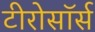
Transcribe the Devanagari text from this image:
टीरोसॉर्स